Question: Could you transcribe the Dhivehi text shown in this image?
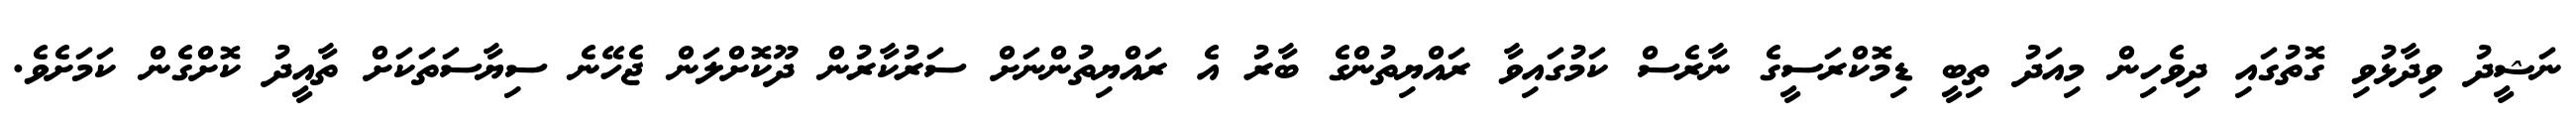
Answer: ނަޝީދު ވިދާޅުވި ގޮތުގައި ދިވެހިން މިއަދު ތިބީ ޑިމޮކްރަސީގެ ނާރެސް ކަމުގައިވާ ރައްޔިތުންގެ ބާރު އެ ރައްޔިތުންނަށް ސަރުކާރުން ދޫކޮށްލަން ޖެހޭނެ ސިޔާސަތަކަށް ތާއީދު ކޮށްގެން ކަމަށެވެ.